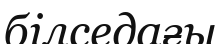
білседағы